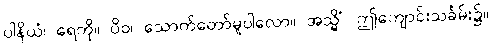
ပါနိယံ၊ ရေကို။ ပိဝ၊ သောက်တော်မူပါလော။ အသ္မိံ၊ ဤကျောင်းသင်္ခမ်း၌။